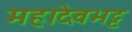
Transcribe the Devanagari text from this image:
महादेवभट्ट